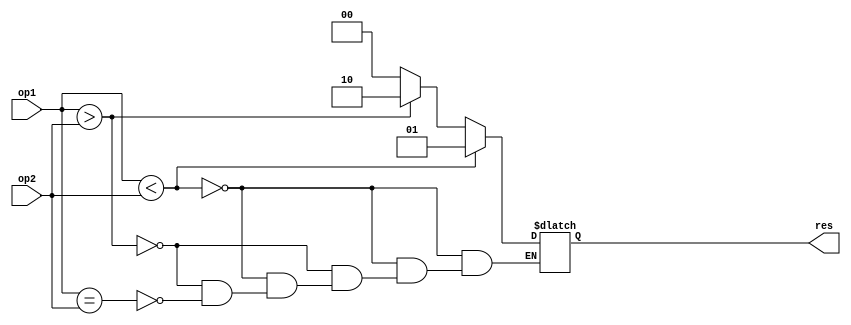
module CMP#(parameter N=15)
(
	output reg[1:0] res,
	input [N:0] op1,
	input [N:0] op2
);
always@(*)
begin
	if(op1 < op2)
		res = 2'b01;
	else if(op1 > op2)
		res = 2'b10;
	else if(op1 == op2)
		res = 2'b00;

end
endmodule